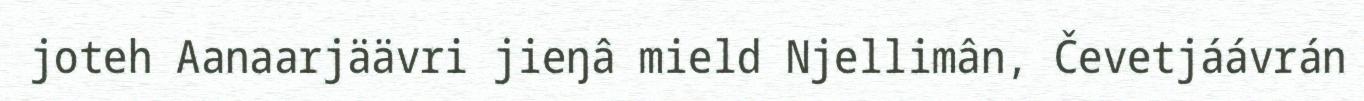
joteh Aanaarjäävri jieŋâ mield Njellimân, Čevetjáávrán